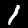
Label: 1